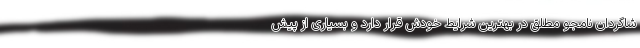
شاگردان نامجو مطلق در بهترین شرایط خودش قرار دارد و بسیاری از پیش